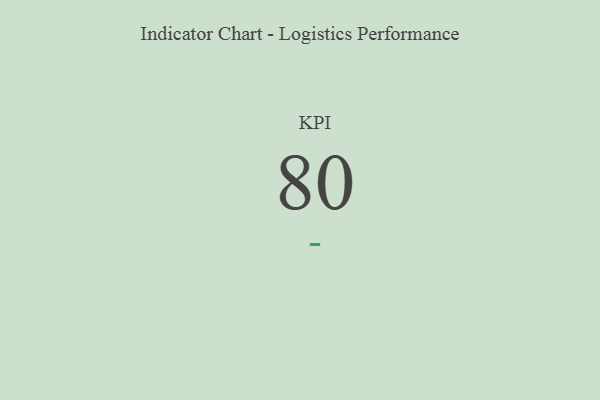
{"axis": {"x": "KPI", "y": "Value"}, "legend": [""], "data": [{"x": "KPI", "y": 80, "type": ""}]}